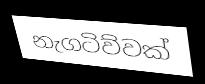
නැගටිව්වක්